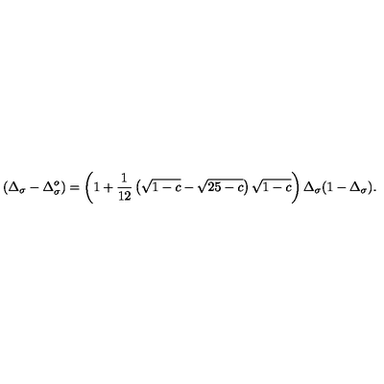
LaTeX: \protect ( \Delta _ { \sigma } - \Delta _ { \sigma } ^ { o } ) = \left( 1 + { \frac { 1 } { 1 2 } } \left( \sqrt { 1 - c } - \sqrt { 2 5 - c } \right) \sqrt { 1 - c } \right) \Delta _ { \sigma } ( 1 - \Delta _ { \sigma } ) .